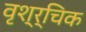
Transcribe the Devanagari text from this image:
वृश्र्चिक